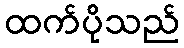
ထက်ပိုသည်